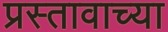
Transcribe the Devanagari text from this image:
प्रस्तावाच्या